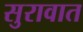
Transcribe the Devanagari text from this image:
सुरावात